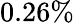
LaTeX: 0.26\%